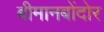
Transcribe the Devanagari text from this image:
बीमानबोंदोर